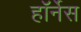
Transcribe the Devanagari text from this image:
हॉर्नेस